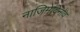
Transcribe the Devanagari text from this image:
नाजिमेदिनोव